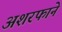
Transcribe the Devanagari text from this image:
अशरफाने